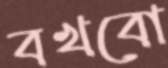
বখবো